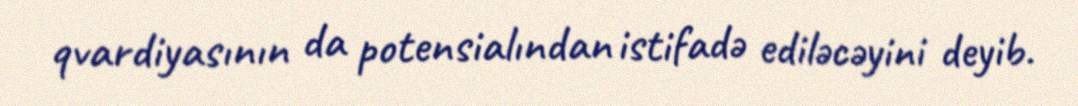
qvardiyasının da potensialından istifadə ediləcəyini deyib.